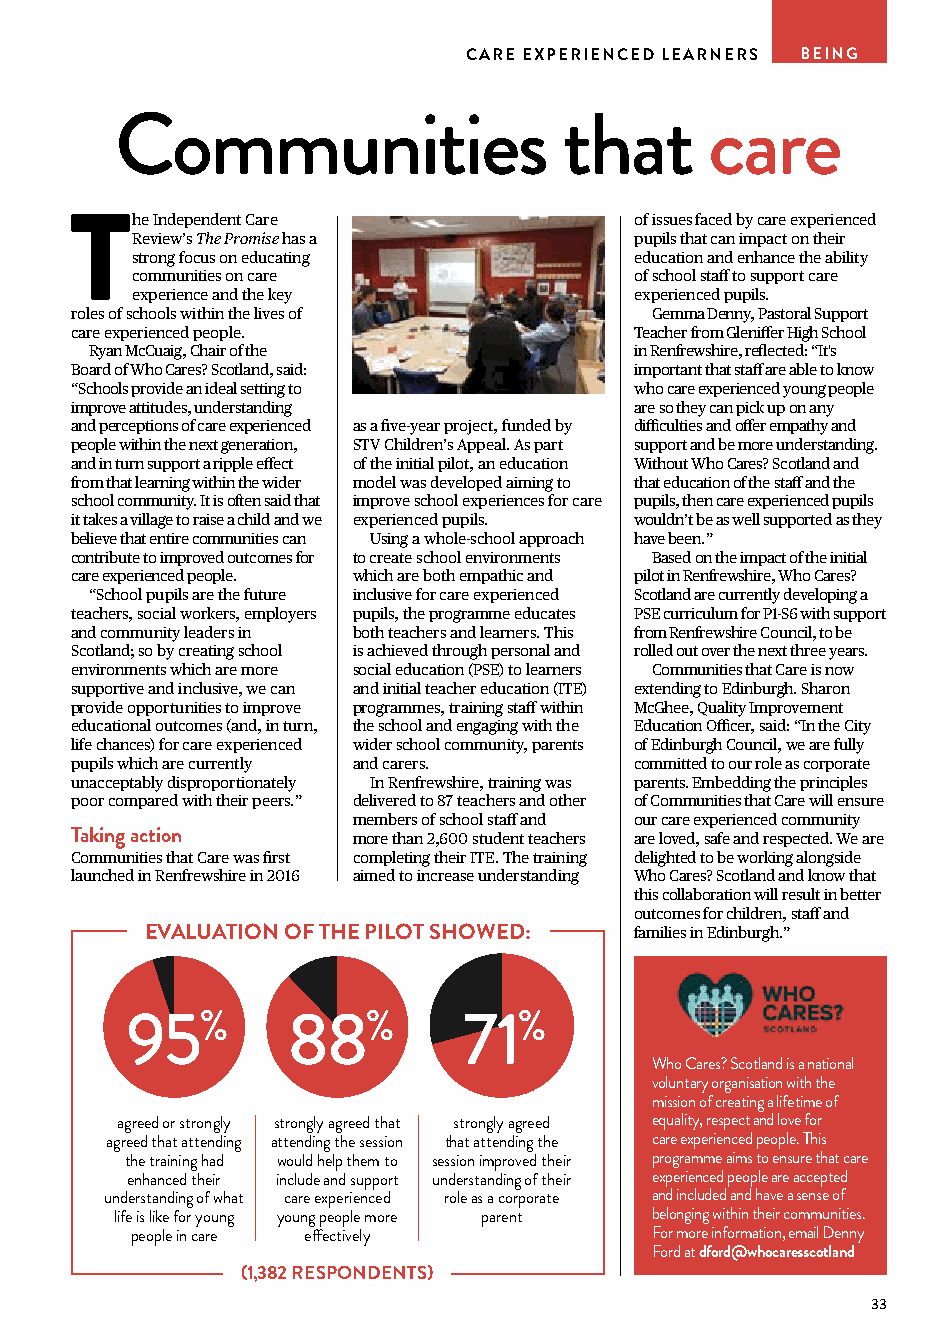
CARE EXPERIENCED LEARNERS BEING
 Communities                  that      care
 he Independent Care              of issues faced by care experienced
 T
 Review’s The Promise has a       pupils that can impact on their
 strong focus on educating        education and enhance the ability
 communities on care              of school staff to support care
 experience and the key           experienced pupils.
 roles of schools within the lives of  Gemma Denny, Pastoral Support
 care experienced people.             Teacher from Gleniffer High School
 Ryan McCuaig, Chair of the          in Renfrewshire, reflected: “It's
 Board of Who Cares? Scotland, said:  important that staff are able to know
 “Schools provide an ideal setting to who care experienced young people
 improve attitudes, understanding     are so they can pick up on any
 and perceptions of care experienced as a five-year project, funded by difficulties and offer empathy and
 people within the next generation, STV Children’s Appeal. As part support and be more understanding.
 and in turn support a ripple effect of the initial pilot, an education Without Who Cares? Scotland and
 from that learning within the wider model was developed aiming to that education of the staff and the
 school community. It is often said that improve school experiences for care pupils, then care experienced pupils
 it takes a village to raise a child and we experienced pupils. wouldn’t be as well supported as they
 believe that entire communities can Using a whole-school approach have been.”
 contribute to improved outcomes for to create school environments Based on the impact of the initial
 care experienced people. which are both empathic and pilot in Renfrewshire, Who Cares?
 “School pupils are the future inclusive for care experienced Scotland are currently developing a
 teachers, social workers, employers pupils, the programme educates PSE curriculum for P1-S6 with support
 and community leaders in both teachers and learners. This from Renfrewshire Council, to be
 Scotland; so by creating school is achieved through personal and rolled out over the next three years.
 environments which are more social education (PSE) to learners Communities that Care is now
 supportive and inclusive, we can and initial teacher education (ITE) extending to Edinburgh. Sharon
 provide opportunities to improve programmes, training staff within McGhee, Quality Improvement
 educational outcomes (and, in turn, the school and engaging with the Education Officer, said: “In the City
 life chances) for care experienced wider school community, parents of Edinburgh Council, we are fully
 pupils which are currently and carers. committed to our role as corporate
 unacceptably disproportionately In Renfrewshire, training was parents. Embedding the principles
 poor compared with their peers.” delivered to 87 teachers and other of Communities that Care will ensure
 members of school staff and our care experienced community
 Taking action     more than 2,600 student teachers are loved, safe and respected. We are
 Communities that Care was first completing their ITE. The training delighted to be working alongside
 launched in Renfrewshire in 2016 aimed to increase understanding Who Cares? Scotland and know that
 this collaboration will result in better
 outcomes for children, staff and
 EVALUATION OF THE PILOT SHOWED: families in Edinburgh.”
 95%        88%         71%
 Who Cares? Scotland is a national
 voluntary organisation with the
 mission of creating a lifetime of
 agreed or strongly strongly agreed that strongly agreed equality, respect and love for
 agreed that attending attending the session that attending the care experienced people. This
 the training had would help them to session improved their programme aims to ensure that care
 enhanced their include and support understanding of their experienced people are accepted
 understanding of what care experienced role as a corporate and included and have a sense of
 life is like for young young people more parent belonging within their communities.
 people in care effectively        For more information, email Denny
 Ford at dford@whocaresscotland
 (1,382 RESPONDENTS)
 33